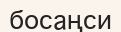
босаңси